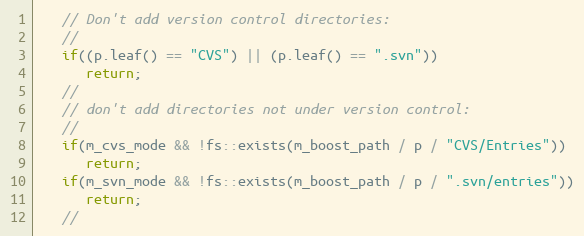
Language: C++
   // Don't add version control directories:
   //
   if((p.leaf() == "CVS") || (p.leaf() == ".svn"))
      return;
   //
   // don't add directories not under version control:
   //
   if(m_cvs_mode && !fs::exists(m_boost_path / p / "CVS/Entries"))
      return;
   if(m_svn_mode && !fs::exists(m_boost_path / p / ".svn/entries"))
      return;
   //